Document type: Emphyteutic lease
Year: 1274
Scribe: Pere Marquès
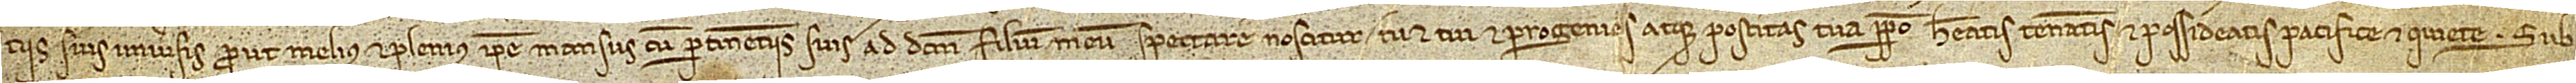
ciis suis universis, prout melius et plenius ipse mansus cum pertinenciis suis ad dictum filium meum spectare noscitur, tu et tui et progenies atque posteritas tua perpetuo habeatis, teneatis et possideatis pacifice et quiete. Sub